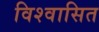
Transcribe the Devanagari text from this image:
विश्वासित